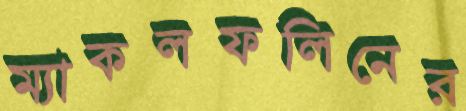
ম্যাকলফলিনের